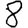
Digit: 8